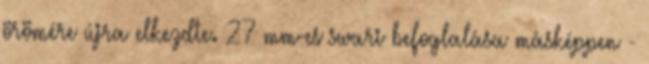
örömére újra elkezdte. 27 mm-es swari befoglalása másképpen -